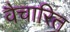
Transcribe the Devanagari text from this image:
वैचारित